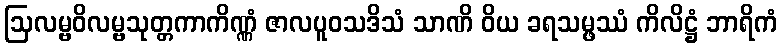
ဩလမ္ဗဝိလမ္ဗသုတ္တကာကိဏ္ဏံ ဇာလပူဝသဒိသံ သာဏိ ဝိယ ခရသမ္ဖဿံ ကိလိဋ္ဌံ ဘာရိကံ